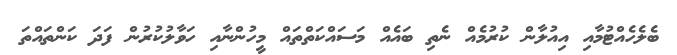
ބެލެހެއްޓުމާއި އިއުލާން ކުރުމެއް ނެތި ބައެއް މަސައްކަތްތައް މީހުންނާއި ހަވާލުކުރުން ފަދަ ކަންތައްތަ